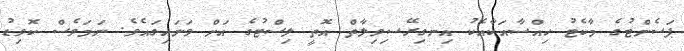
ޕަސެންޓުގެ މާކެޓު ހިއްސާއަކާއެކު އިނގިރޭސިވިލާތް އޮތީ ލިސްޓުގެ އަށް ވަނައިގައެވެ. ނަމަވެސް ކޮވިޑު